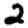
Digit: 2